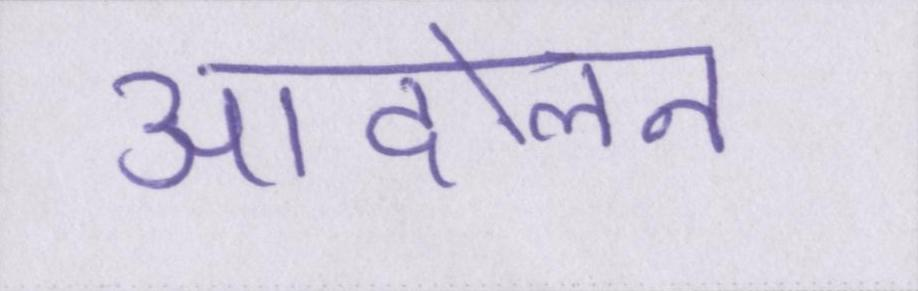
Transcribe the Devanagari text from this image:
आंदोलन